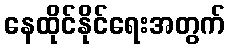
နေထိုင်နိုင်ရေးအတွက်